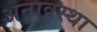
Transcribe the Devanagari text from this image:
अनावस्था